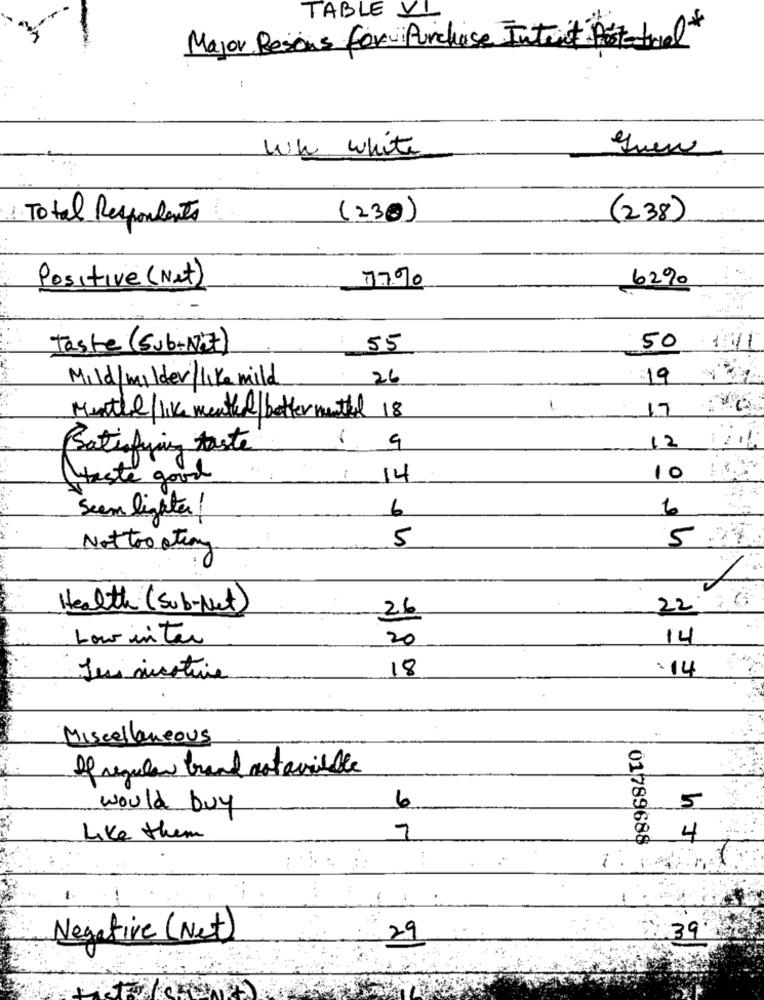
TABLE VI
Major Besoins for Purchase
-
Wh white
Total Respondents
(230)
(238)
77%
629
Positive (Net)
Taste (Sub- Next)
55
50
Mild/milder/like mild
26
19
LT
1
Menthal/like menthal/better mentel 18
9
Satisfying taste
12 /216
Haste good
14
10
Seem lighter !
6
5
5
Not too atrong
2216
Health (Sub- Net)
26
bour inter
20
14
18
:14
Lui nicotine
Miscellaneous
If regular brand not available
6
would buy
5
Like them
7
01 789688
4
Negative (Net)
29
39